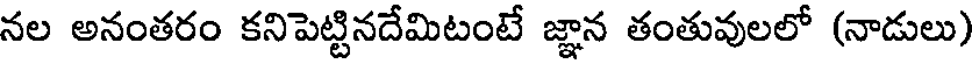
నల అనంతరం కనిపెట్టినదేమిటంటే జ్ఞాన తంతువులలో (నాడులు)